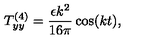
T _ { y y } ^ { ( 4 ) } = \frac { \epsilon k ^ { 2 } } { 1 6 \pi } \cos ( k t ) ,